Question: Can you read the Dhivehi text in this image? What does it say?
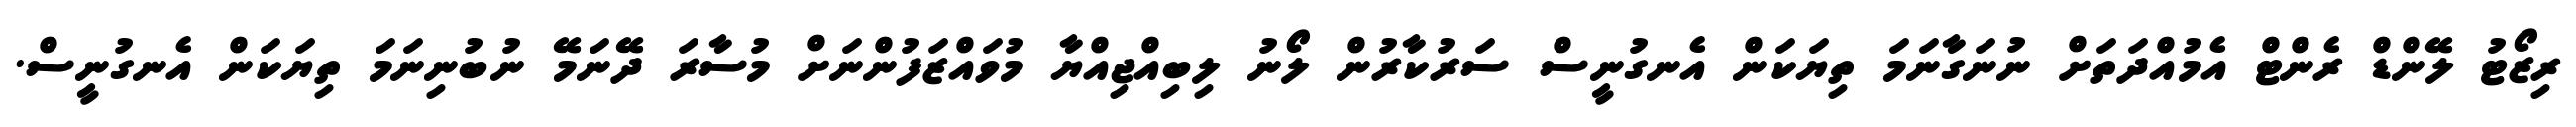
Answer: ރިޒޯޓު ލޭންޑް ރެންޓް އެމުއްދަތަށް ނުނަގާނަމަ ތިޔަކަން އެނގުނީސް ސަރުކާރުން ލޯނު ލިބިއްޖިއްޔާ މުވައްޒަފުންނަށް މުސާރަ ދޭނަމޭ ނުބުނިނަމަ ތިޔަކަން އެނގުނީސް.